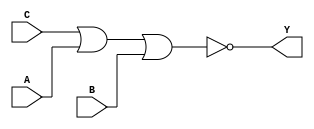
module sky130_fd_sc_ls__nor3_5 (
    Y,
    A,
    B,
    C
);
    output Y;
    input  A;
    input  B;
    input  C;
    wire nor0_out_Y;
    nor nor0 (nor0_out_Y, C, A, B        );
    buf buf0 (Y         , nor0_out_Y     );
endmodule